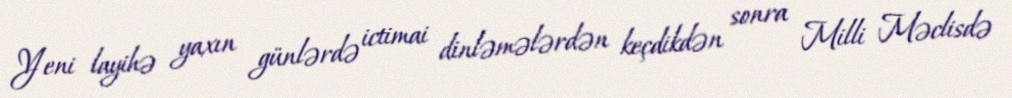
Yeni layihə yaxın günlərdə ictimai dinləmələrdən keçdikdən sonra Milli Məclisdə